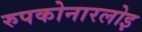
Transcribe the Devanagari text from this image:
रुपकोनारलोइ